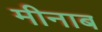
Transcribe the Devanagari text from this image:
मीनाब